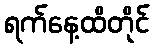
ရက်နေ့ထိတိုင်